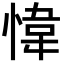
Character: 愇